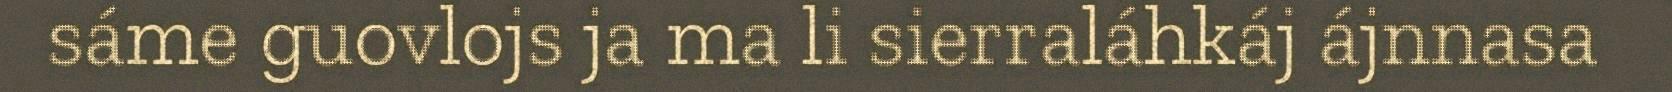
sáme guovlojs ja ma li sierraláhkáj ájnnasa